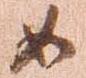
如